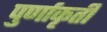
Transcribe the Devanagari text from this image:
पुर्णाकृती